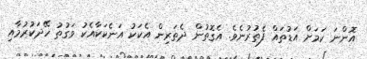
އޮންނަ ކަމަށް އަޑުތައް ފެތުރުނެވެ. އެގޮތުން ދެތަރިން އެކަކު އަނެކަކާއެކު ވަގުތު ހޭދަކުރުމާއި